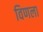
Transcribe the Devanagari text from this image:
विणला